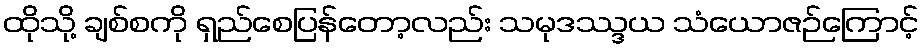
ထိုသို့ ချစ်စကို ရှည်စေပြန်တော့လည်း သမုဒဿ္ဒယ သံယောဇဉ်ကြောင့်